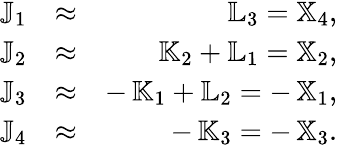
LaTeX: \begin{array}{rlr}{{\mathbb J}_{1}}&{\approx}&{{\mathbb L}_{3}={\mathbb X}_{4},}\\ {{\mathbb J}_{2}}&{\approx}&{{\mathbb K}_{2}+{\mathbb L}_{1}={\mathbb X}_{2},}\\ {{\mathbb J}_{3}}&{\approx}&{-\, {\mathbb K}_{1}+{\mathbb L}_{2}=-\, {\mathbb X}_{1},}\\ {{\mathbb J}_{4}}&{\approx}&{-\, {\mathbb K}_{3}=-\, {\mathbb X}_{3}.}\end{array}